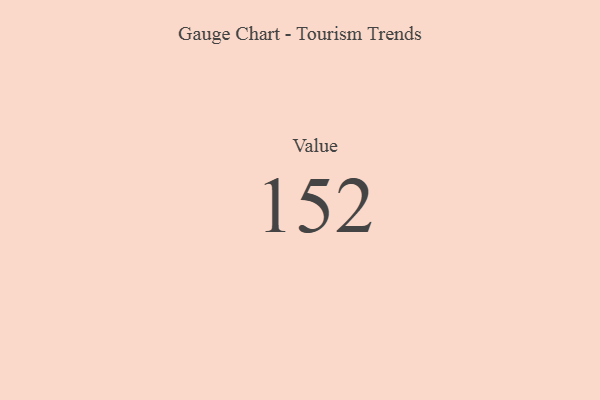
{"axis": {"x": "Metric", "y": "Value"}, "legend": [""], "data": [{"x": "Value", "y": 152, "type": ""}]}